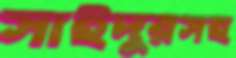
সাইদুরসহ